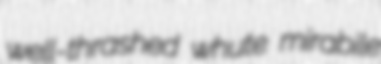
well-thrashed whute mirabile